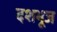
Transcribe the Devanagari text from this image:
दशभूज